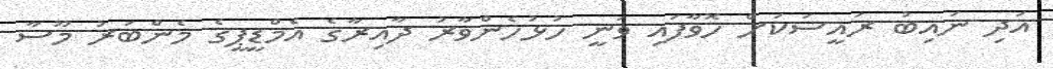
އަދި ނައިބު ރައީސަކަށް ހޮވާފައި ވަނީ ހުޅުހެންވާރު ދާއިރާގެ އެމްޑީޕީގެ މެންބަރު މޫސާ